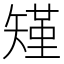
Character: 𮀆